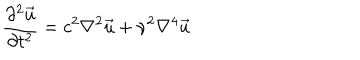
{ \frac { \partial ^ { 2 } { \vec { u } } } { \partial t ^ { 2 } } } = c ^ { 2 } { \nabla ^ { 2 } } { \vec { u } } + \nu ^ { 2 } { \nabla ^ { 4 } } { \vec { u } }